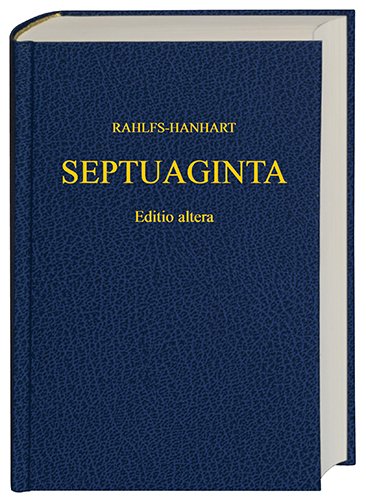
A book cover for Septuaginta (Greek Edition); Christian Books & Bibles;